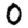
Digit: 0